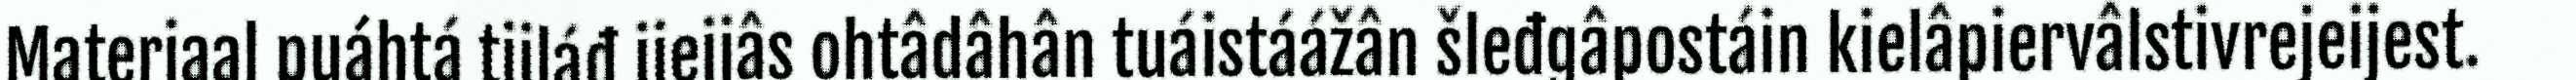
Materiaal puáhtá tiiláđ jieijâs ohtâdâhân tuáistáážân šleđgâpostáin kielâpiervâlstivrejeijest.